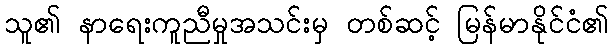
သူ၏ နာရေးကူညီမှုအသင်းမှ တစ်ဆင့် မြန်မာနိုင်ငံ၏